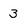
Character: 3